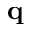
\textbf { q }